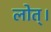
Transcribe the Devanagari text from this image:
लोत्।